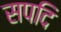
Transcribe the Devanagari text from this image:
सपदि